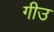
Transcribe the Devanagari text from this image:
गीउ